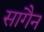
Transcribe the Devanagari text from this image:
सागैन